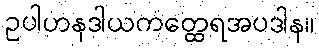
ဥပါဟနဒါယကတ္ထေရအပဒါန။